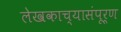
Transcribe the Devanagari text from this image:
लेखकाच्यासंपूर्ण